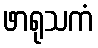
ဖာရုသကံ